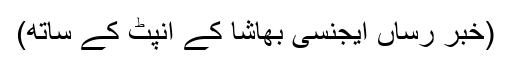
(خبر رساں ایجنسی بھاشا کے انپٹ کے ساتھ)